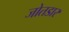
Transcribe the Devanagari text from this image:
जोतडार